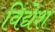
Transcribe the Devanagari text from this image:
विद्येश